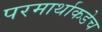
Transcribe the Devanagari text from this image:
परमार्थाकडेच